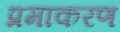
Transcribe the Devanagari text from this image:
प्रमाकरण